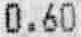
0.60